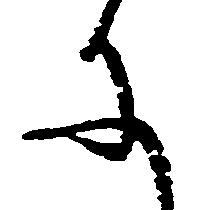
に